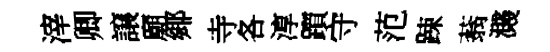
滓卿譲廟鄊寺各淳躓守范踈蓊濺